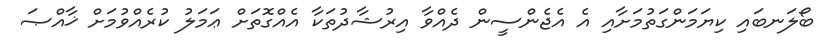
ބޯލަނބައި ކިޔަމަންގަތުމަށާއި އެ އެޖެންސީން ދެއްވާ އިރުޝާދުތަކާ އެއްގޮތަށް ޢަމަލު ކުރެއްވުމަށް ޚާއްޞަ